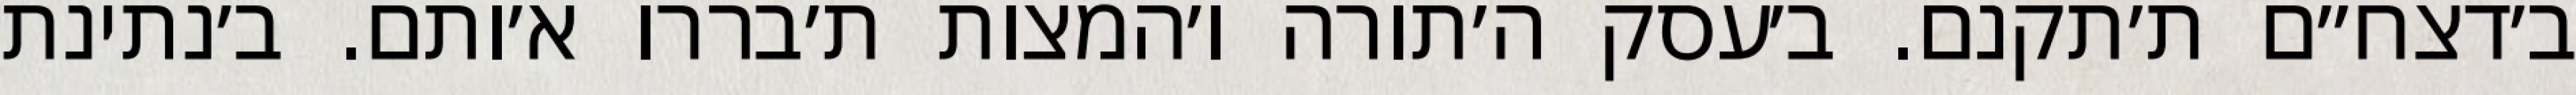
ב׳דצח״ם ת׳תקנם. ב׳עסק ה׳תורה ו׳המצות ת׳בררו א׳ותם. ב׳נתינת